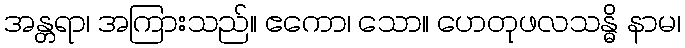
အန္တရာ၊ အကြားသည်။ ဧကော၊ သော။ ဟေတုဖလသန္ဓိ နာမ၊